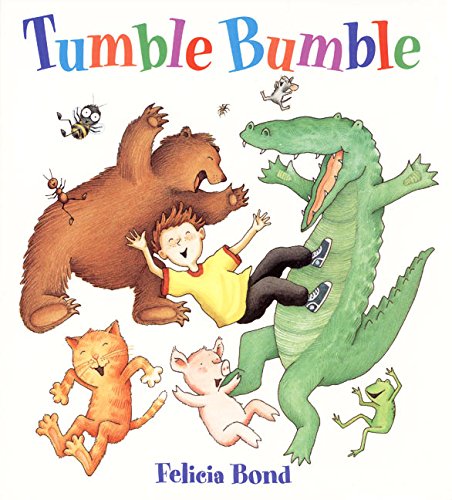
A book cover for Tumble Bumble; Felicia Bond; Children's Books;